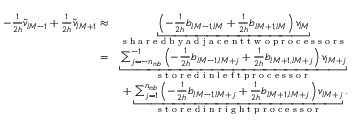
\begin{array} { r l } { - \frac { 1 } { 2 h } \widetilde v _ { l M - 1 } + \frac { 1 } { 2 h } \widetilde v _ { l M + 1 } \approx } & { \underbracket { \left( - \frac { 1 } { 2 h } b _ { l M - 1 , l M } + \frac { 1 } { 2 h } b _ { l M + 1 , l M } \right) v _ { l M } } _ { \textup { s h a r e d b y a d j a c e n t t w o p r o c e s s o r s } } } \\ { = } & { \underbracket { \sum _ { j = - n _ { n b } } ^ { - 1 } \left( - \frac { 1 } { 2 h } b _ { l M - 1 , l M + j } + \frac { 1 } { 2 h } b _ { l M + 1 , l M + j } \right) v _ { l M + j } } _ { \textup { s t o r e d i n l e f t p r o c e s s o r } } } \\ & { ~ + \underbracket { \sum _ { j = 1 } ^ { n _ { n b } } \left( - \frac { 1 } { 2 h } b _ { l M - 1 , l M + j } + \frac { 1 } { 2 h } b _ { l M + 1 , l M + j } \right) v _ { l M + j } } _ { \textup { s t o r e d i n r i g h t p r o c e s s o r } } . } \end{array}